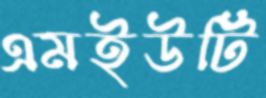
এমইউটি